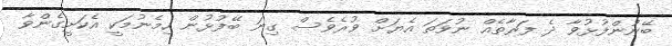
ބޭނުންފުޅުވާ ދެ ފަރާތެއް ނުވަތަ އެޔަށް ވުރެވެސް ގިނަ ބޭފުޅުން ހިމެނުމަކީ އެކަށީގެންވާ